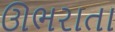
ઊભરાતા